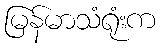
မြန်မာသံရုံးက